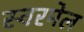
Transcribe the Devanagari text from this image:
स्वरमेल